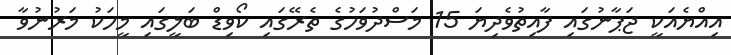
އިއްޔެއަކީ ޖަޕާނުގައި ފާއިތުވެދިޔަ 15 މަސްދުވަހުގެ ތެރޭގައި ކޯވިޑް ބަލީގައި މީހަކު މަރުނުވާ